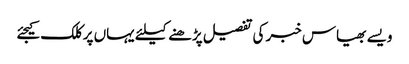
ویسے بھیاس خبر کی تفصیل پڑھنے کیلئے یہاں پر کلک کیجئے